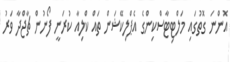
އޮންނަ ގޮތުގައި މަލްޓިޓާސްކިންގެ އެޕްލިކޭޝަން ތައް ކްލިއާ ކުރަނީ ފޯނުން ޗާޖްދާ ވަރު